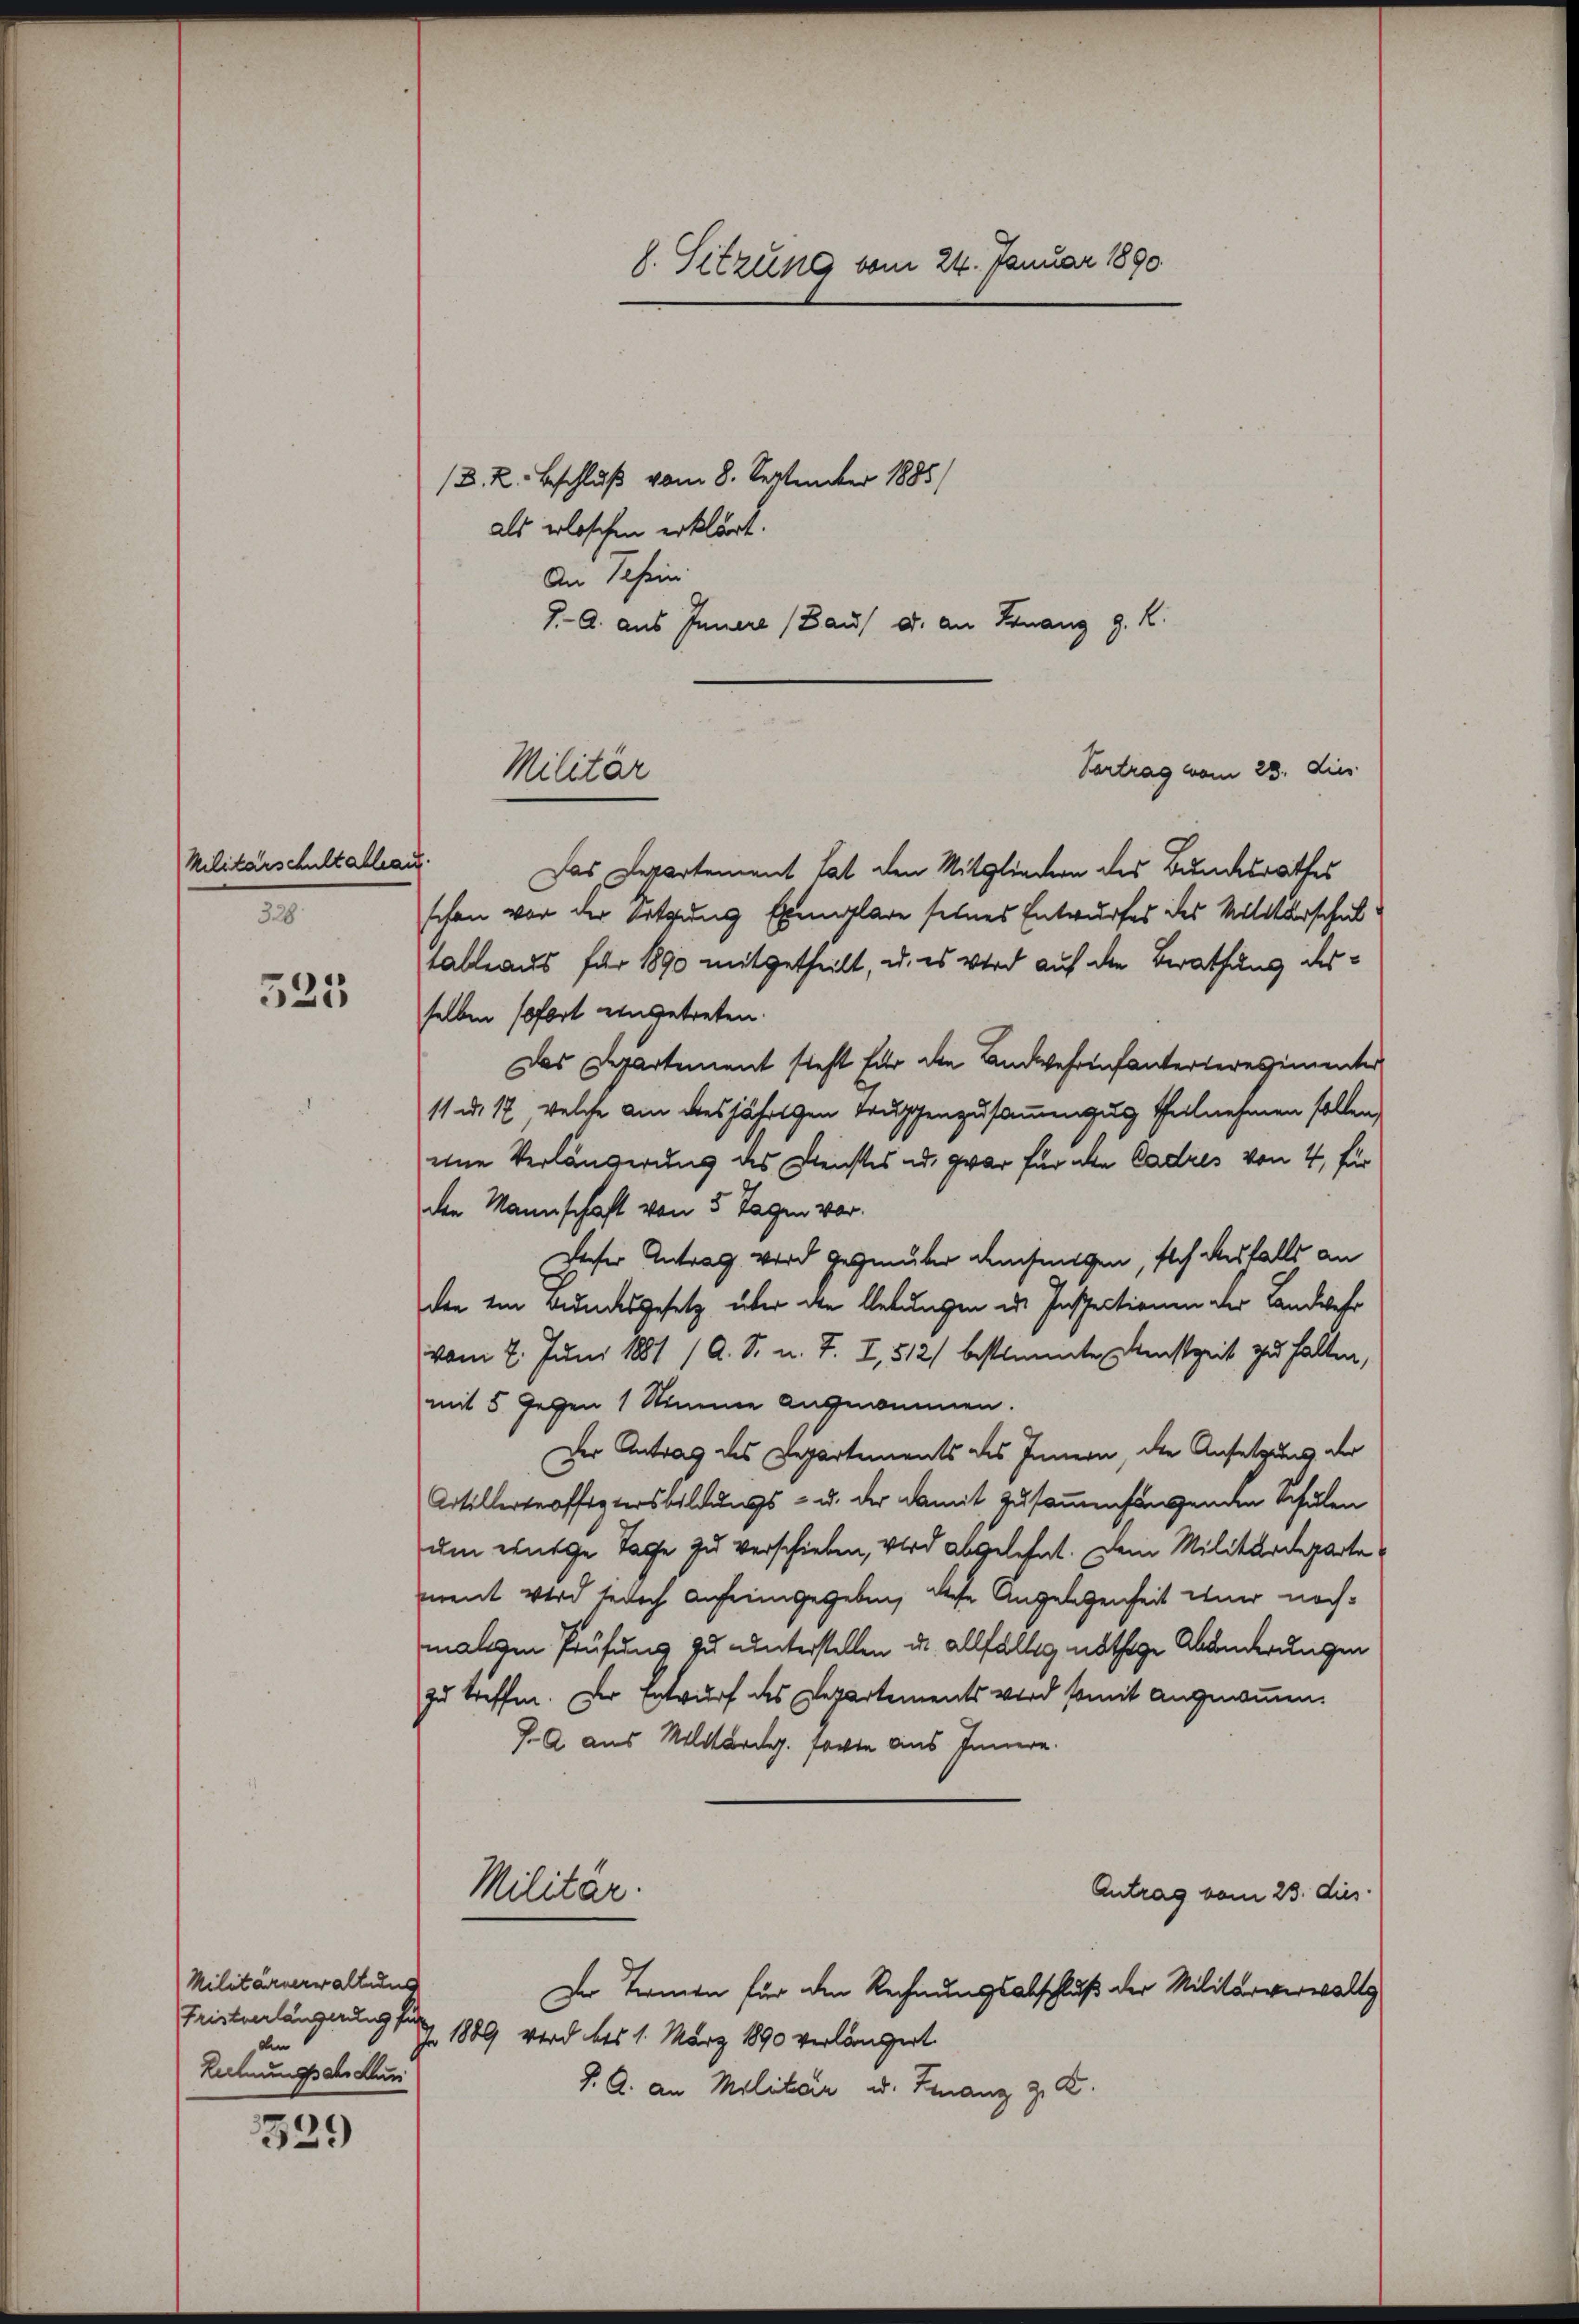
Militärschultablau
328

525

339

Militärverwaltung
Fristverlängerung für
Rechnungs als Kun

(D. K. Beschluß vom 8. September 1885/
als erloschen erklärt.
An Schein
J. A. aus Innere (Baus u. an Finanz z. R.

8. Sitzung vom 24. Januar 1890

Militär

Vertrag vom 23. dies

Das Departement hat den Mitgliedern des Bundesrathes
schon vor der Ortgung Exemplare seines Entwurfes des Militarschul
tableaus für 1890 mitgetheilt, u. es wird auf die Berathung desselben sofort eingetreten.
Das Departement steht für die Landwehrenfanterteressementer
11. d. 12, welche am diesjährlichen Truppenzusammengung theilnehmen sollen,
eine Verlängerung des Dienstes ad. zwar für die Cadres von 4, für
den Mannschaft von 5 Tagen vor.
Decher Antrag wird gegenüber densungen, sich desfalls an
den im Bundesgesetz über die lebungen des Inspectionen der Landwehr
vom 2. Juni 1881 /A. S. u. T. I, 512) bestimmte Restzeit zu halten,
mit 5 gegen 1 Stimme angenommen.
Der Antrag des Departements des Innern der Ansetzung der
Artillertroffestersbildungs- u. der damit zusammenfangenden Schulen
um entge Tage zu verschieben, wird abgelehnt. Dem Militärdeparte
mnent wird jedoch anfeingegeben, diese Angelegenheit wir nachmaligen Prüfung zu unterstellen u. allfällig nöthige Abänderungen
zu treffen. Der Entwurf des Departements wird somit angenommen.
J. A. aus Militardg. sowie aus Innern.
Militar.
Antrag vom 23. dies
Der Termin für den Rechnungsabschluß der Militärverwalts
jo 1889 wird bis 1. März 1890 verlängert.
J. A. an Militair u. Finanz z. B.